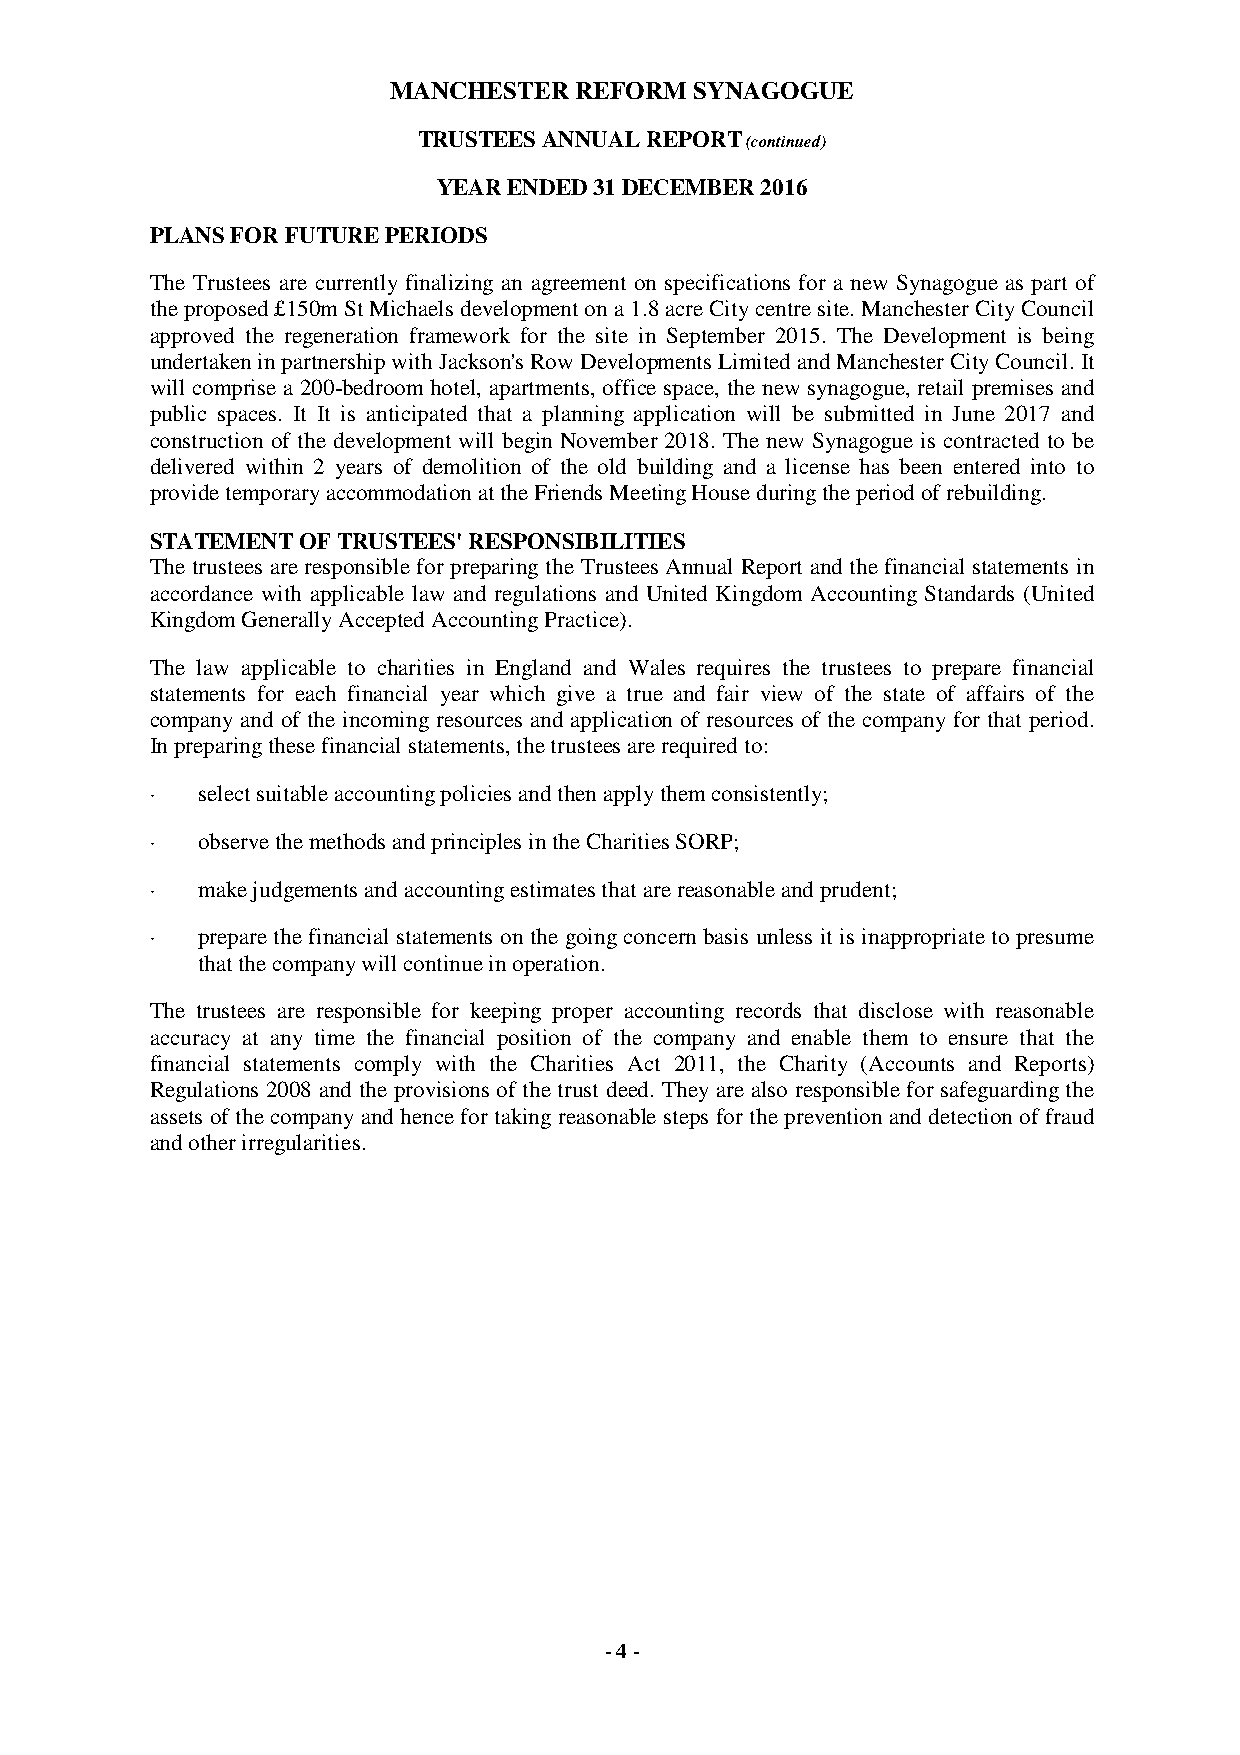
MANCHESTER  REFORM  SYNAGOGUE
 TRUSTEES ANNUAL REPORT (continued)
 YEAR ENDED 31 DECEMBER 2016
 PLANS FOR FUTURE PERIODS
 The Trustees are currently finalizing an agreement on specifications for a new Synagogue as part of
 the proposed £150m St Michaels development on a 1.8 acre City centre site. Manchester City Council
 approved the regeneration framework for the site in September 2015. The Development is being
 undertaken in partnership with Jackson's Row Developments Limited and Manchester City Council. It
 will comprise a 200-bedroom hotel, apartments, office space, the new synagogue, retail premises and
 public spaces. It It is anticipated that a planning application will be submitted in June 2017 and
 construction of the development will begin November 2018. The new Synagogue is contracted to be
 delivered within 2 years of demolition of the old building and a license has been entered into to
 provide temporary accommodation at the Friends Meeting House during the period of rebuilding.
 STATEMENT OF TRUSTEES' RESPONSIBILITIES
 The trustees are responsible for preparing the Trustees Annual Report and the financial statements in
 accordance with applicable law and regulations and United Kingdom Accounting Standards (United
 Kingdom Generally Accepted Accounting Practice).
 The law applicable to charities in England and Wales requires the trustees to prepare financial
 statements for each financial year which give a true and fair view of the state of affairs of the
 company and of the incoming resources and application of resources of the company for that period.
 In preparing these financial statements, the trustees are required to:
 ·  select suitable accounting policies and then apply them consistently;
 ·  observe the methods and principles in the Charities SORP;
 ·  make judgements and accounting estimates that are reasonable and prudent;
 ·  prepare the financial statements on the going concern basis unless it is inappropriate to presume
 that the company will continue in operation.
 The trustees are responsible for keeping proper accounting records that disclose with reasonable
 accuracy at any time the financial position of the company and enable them to ensure that the
 financial statements comply with the Charities Act 2011, the Charity (Accounts and Reports)
 Regulations 2008 and the provisions of the trust deed. They are also responsible for safeguarding the
 assets of the company and hence for taking reasonable steps for the prevention and detection of fraud
 and other irregularities.
 - 4 -